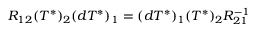
R _ { 1 2 } ( T ^ { * } ) _ { 2 } ( d T ^ { * } ) _ { 1 } = ( d T ^ { * } ) _ { 1 } ( T ^ { * } ) _ { 2 } R _ { 2 1 } ^ { - 1 }